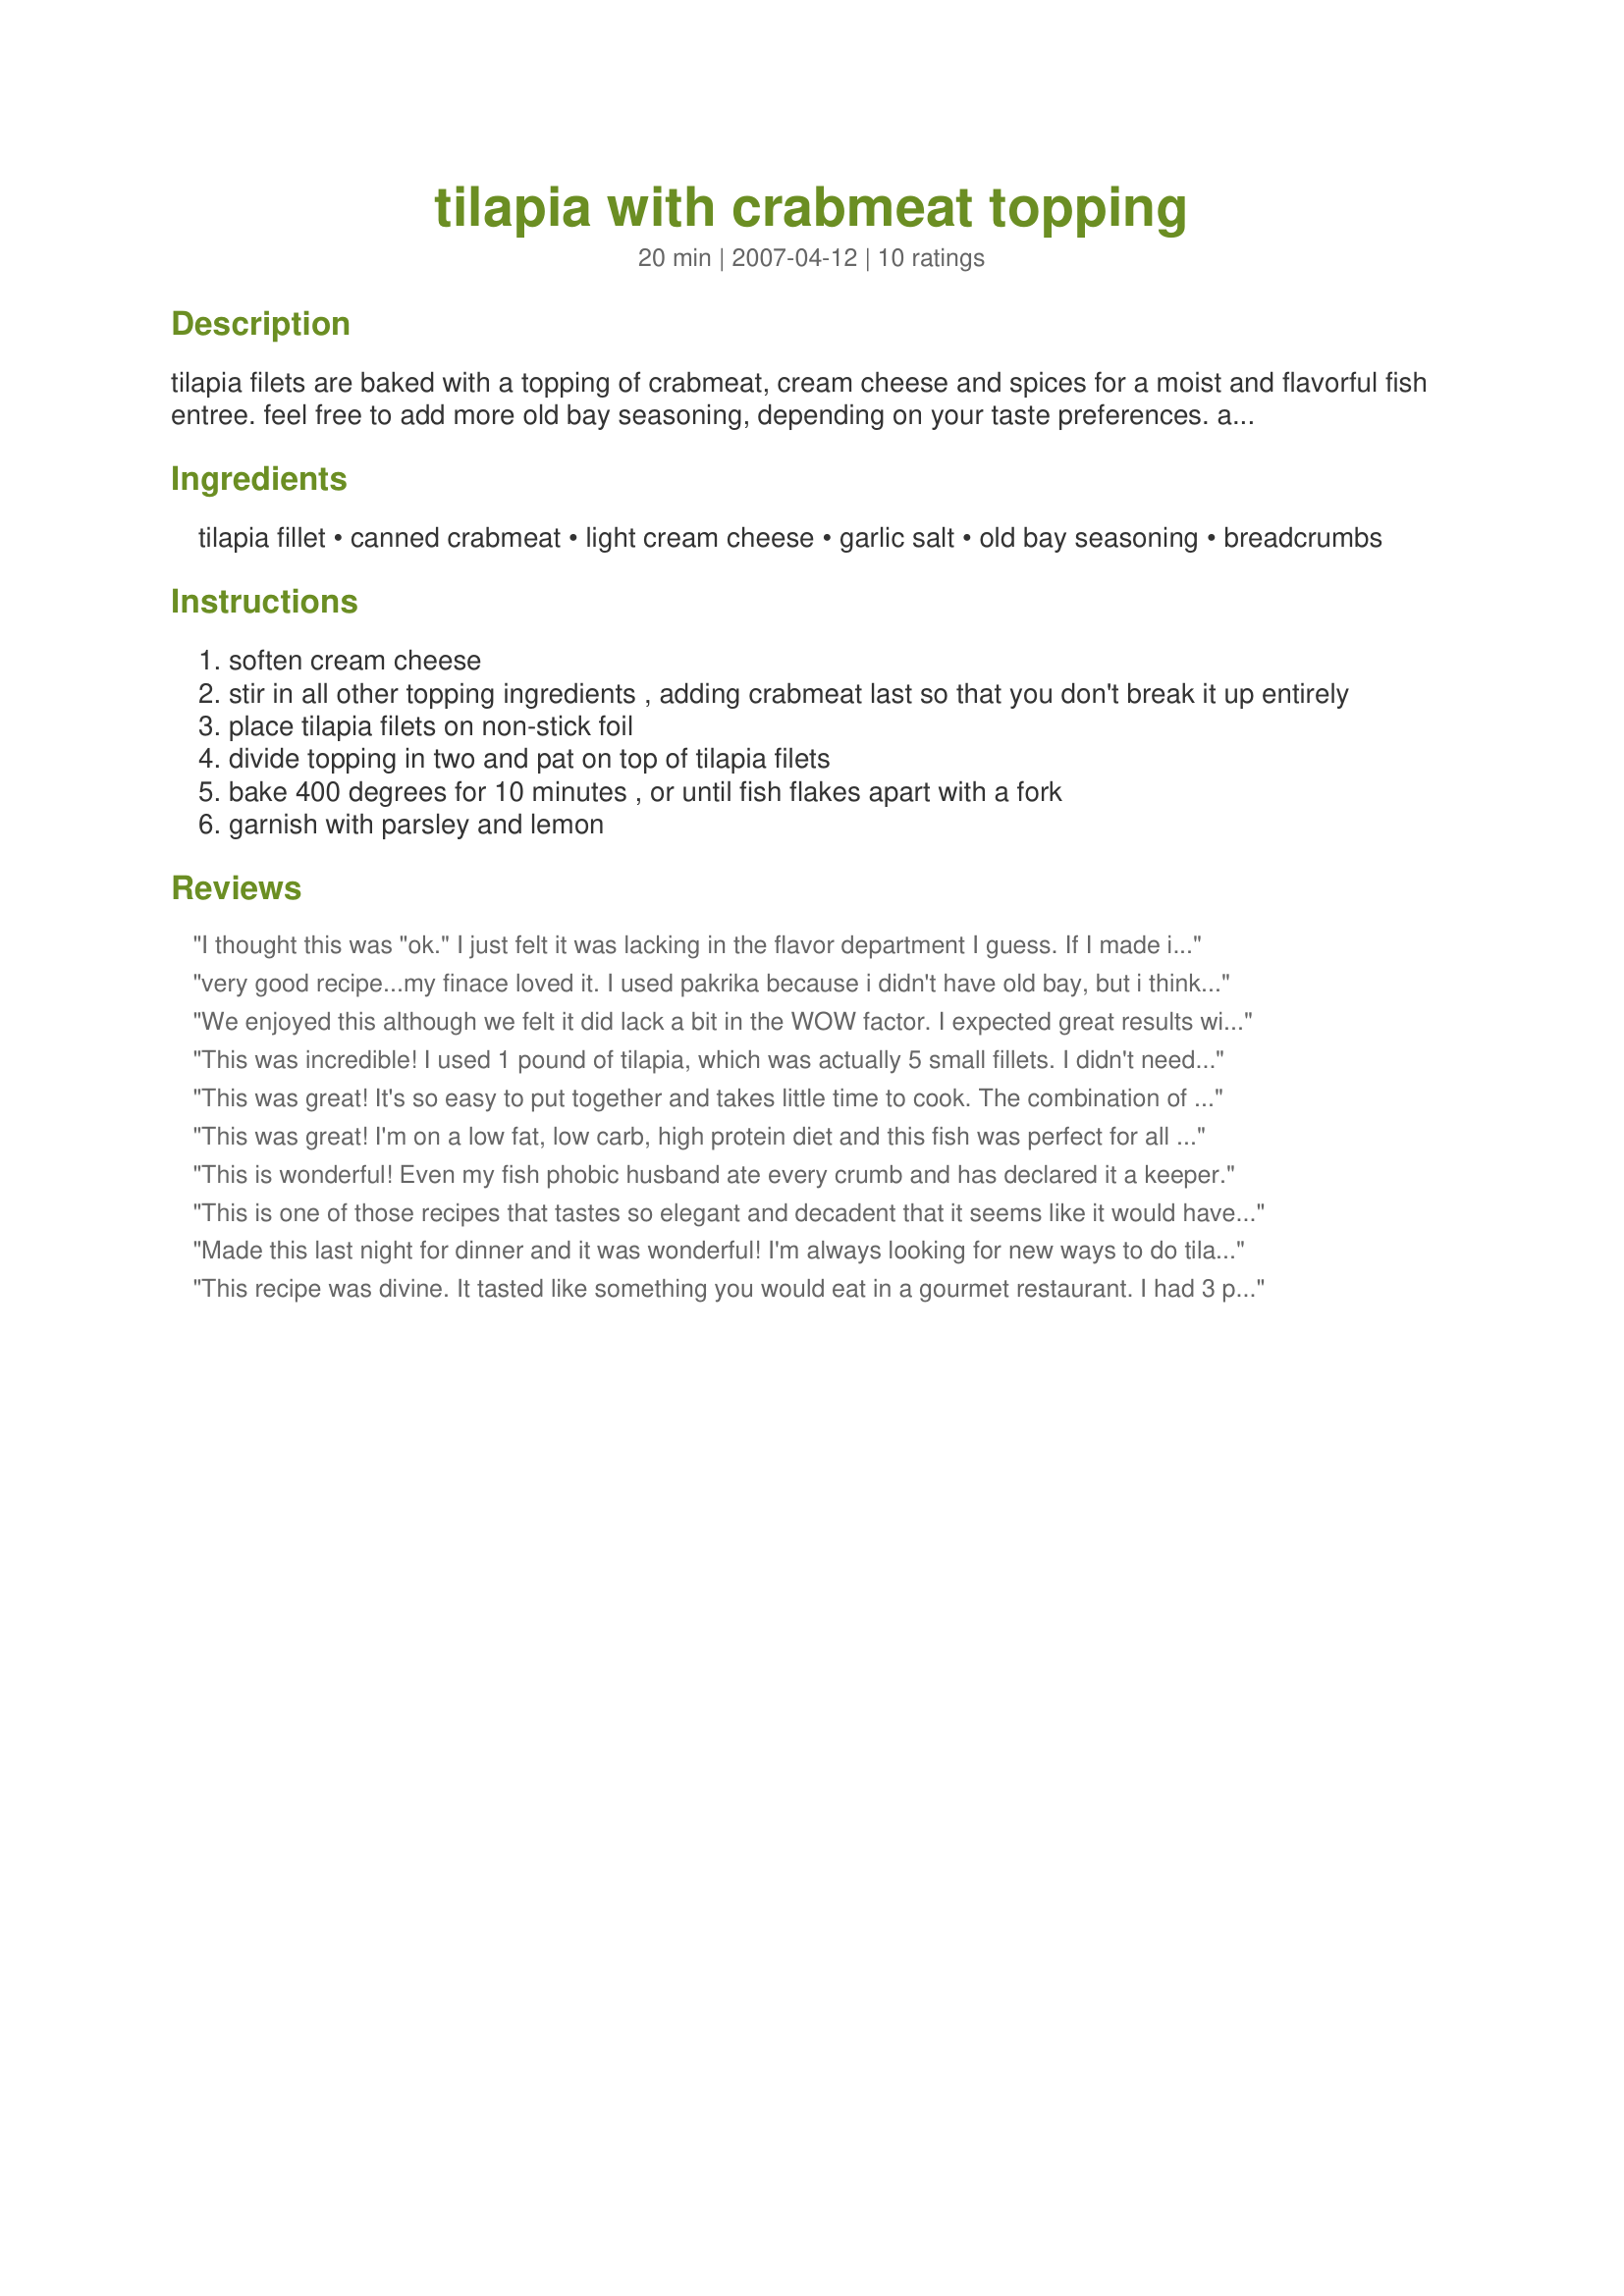
tilapia with crabmeat topping
Preparation time: 20 minutes

tilapia filets are baked with a topping of crabmeat, cream cheese and spices for a moist and flavorful fish entree. feel free to add more old bay seasoning, depending on your taste preferences. a parsley and lemon garnish makes it restaurant-quality!

Ingredients:
tilapia fillet, canned crabmeat, light cream cheese, garlic salt, old bay seasoning, breadcrumbs

Steps:
soften cream cheese
stir in all other topping ingredients , adding crabmeat last so that you don't break it up entirely
place tilapia filets on non-stick foil
divide topping in two and pat on top of tilapia filets
bake 400 degrees for 10 minutes , or until fish flakes apart with a fork
garnish with parsley and lemon

Reviews:
I thought this was "ok." I just felt it was lacking in the flavor department I guess. If I made it again I would probable use real garlic instead of the salt, and maybe some minced onion and more Old Bay.
very good recipe...my finace loved it. I used pakrika because i didn't have old bay, but i think old bay would give it a better flavor.
We enjoyed this although we felt it did lack a bit in the WOW factor. I expected great results with the crab and cream cheese. Maybe if I had used fresh crab. The flavor just really wasn't there. I did double the old bay seasoning. Thanks for posting. Made for PAC Fall 2008
This was incredible! I used 1 pound of tilapia, which was actually 5 small fillets. I didn't need to increase the topping ingredients though, as there was plenty. 15 minutes was perfect in my oven, but my fish may still have been a tiny bit frozen. We will be making this again and again. Thank you so much!
This was great! It's so easy to put together and takes little time to cook. The combination of the cream cheese and crab really puts this over the top. I did add a small amount of Parmesean on top of the cream cheese/crabmeat mixture after I covered the fish with it. Definitely a keeper.
This was great! I'm on a low fat, low carb, high protein diet and this fish was perfect for all of those things! I served it with mashed turnips and a side of broccoli. What a great meal! Thanks!
This is wonderful! Even my fish phobic husband ate every crumb and has declared it a keeper.
This is one of those recipes that tastes so elegant and decadent that it seems like it would have taken forever, but it was so simple and easy! I doubled the recipe to 1 and half pounds (which was 5 fillets) and doubled all the topping ingredients. I used paprika since I didn't have any Old Bay, but I think the cream cheese could have used a little more seasoning (I'll definitely add more next time). I made this for my parents and they loved it! Thanks Cookin'Diva!
Made this last night for dinner and it was wonderful! I'm always looking for new ways to do tilapia. Quick, easy, and tastes great - what more can you ask for! Thanks for posting :)
This recipe was divine. It tasted like something you would eat in a gourmet restaurant. I had 3 pieces of fish and had enough mix. I also added a little parmesan to the 3rd filet just for a variety. It came out excellent.
I am updating because I just made this again. I added shrimp that I cut up in small pieces. It is very good this way also.
